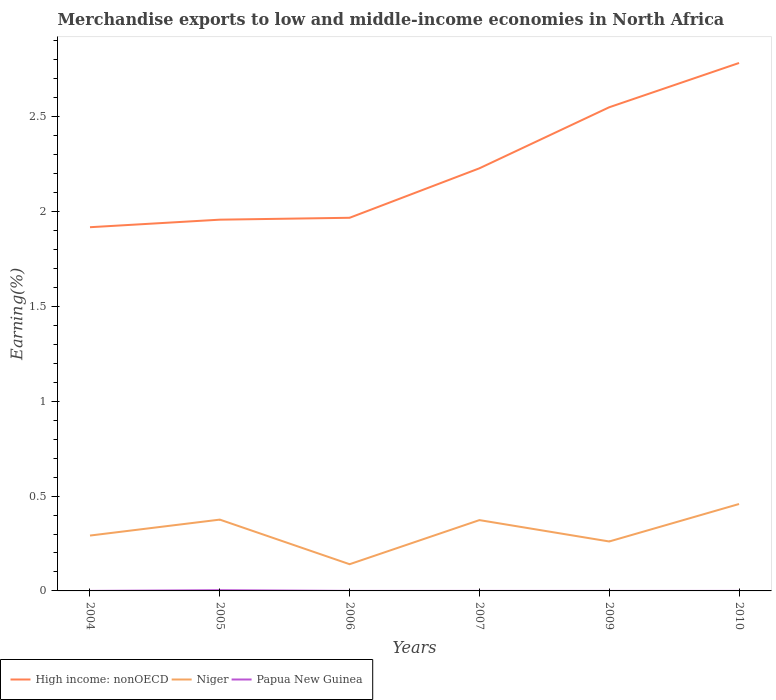
| Years | High income: nonOECD | Niger | Papua New Guinea |
 | --- | --- | --- | --- |
 | 2004 | 1.92 | 0.292 | 9.77e-05 |
 | 2005 | 1.96 | 0.376 | 0.00394 |
 | 2006 | 1.97 | 0.141 | 5.69e-05 |
 | 2007 | 2.23 | 0.373 | 7.1e-05 |
 | 2009 | 2.55 | 0.261 | 2.3e-05 |
 | 2010 | 2.78 | 0.458 | 3.97e-05 |